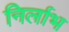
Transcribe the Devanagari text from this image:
निर्लाभ